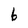
Character: b